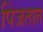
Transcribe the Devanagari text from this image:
पिंजतात